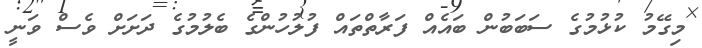
މިގޭމު ކުޅުމުގެ ސަބަބުން ބައެއް ފަރާތްތައް ފުލުހުންގެ ބެލުމުގެ ދަށަށް ވެސް ވަނީ